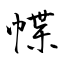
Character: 幉